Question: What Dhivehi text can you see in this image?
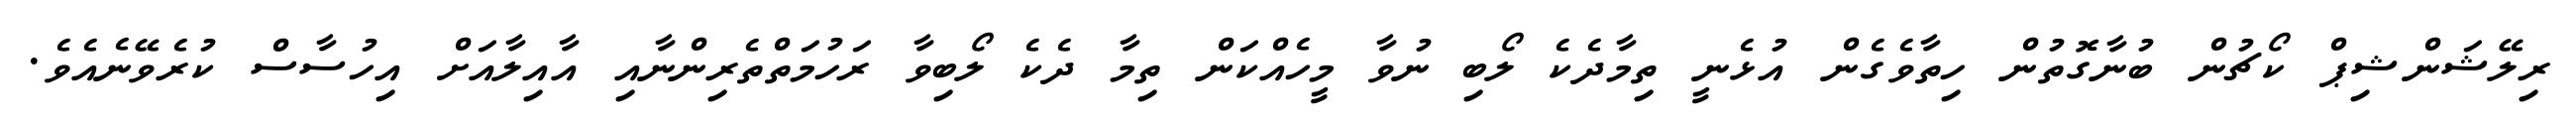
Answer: ރިލޭޝަންޝިޕް ކޯޗުން ބުނާގޮތުން ހިތާވެގެން އުޅެނީ ތިމާދެކެ ލޯބި ނުވާ މީހެއްކަން ތިމާ ދެކެ ލޯބިވާ ރަހުމަތްތެރިންނާއި އާއިލާއަށް އިހުސާސް ކުރެވޭނެއެވެ.